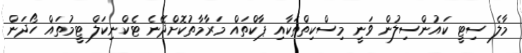
މާލެ ސިޓީ ކައުންސިލުން ވަނީ މިސްކިތްތަކާއި ޕާކްތައް މަރާމާތުކޮށްދޭނެ ޓެކްނިކަލް ޓީމުތައް ހޯދަން